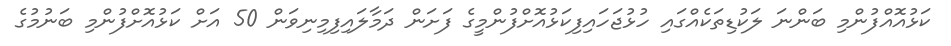
ކަޅުއޮއްފުންމި ބަންނަ ލަކުޑިތަކެއްގައި ހުޅުޖަހައިފިކަޅުއޮށްފުންމީގެ ފަށަން ދަމާލައިފިމިނިވަން 50 އަށް ކަޅުއޮށްފުންމި ބަނުމުގެ